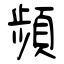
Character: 頻